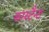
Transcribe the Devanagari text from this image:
कांस्टैन्ट